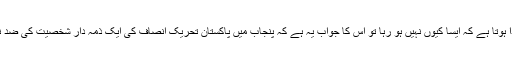
ان سب باتوں کے بعد سوال پیدا ہوتا ہے کہ ایسا کیوں نہیں ہو رہا تو اس کا جواب یہ ہے کہ پنجاب میں پاکستان تحریک انصاف کی ایک ذمہ دار شخصیت کی ضد نے معاملات کو بگاڑا ہوا ہے۔